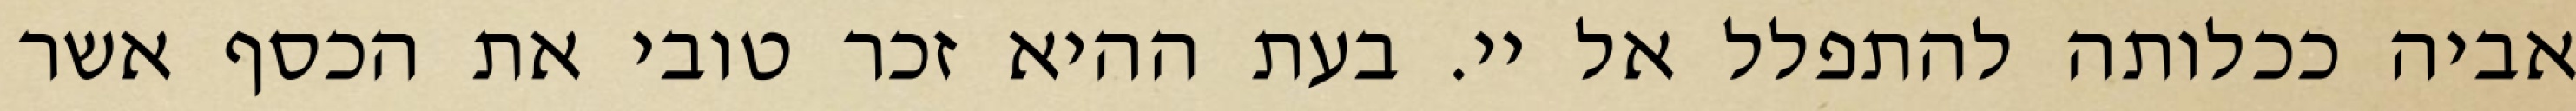
אביה ככלותה להתפלל אל יי. בעת ההיא זכר טובי את הכסף אשר